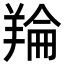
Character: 𮊬